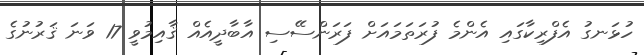
ހުޅަނގު އެފްރިކާގައި އެންމެ ފުރަތަމައަށް ފަރަންސޭސި އާބާދީއެއް ޤާއިމުވީ 17 ވަނަ ޤަރުނުގެ